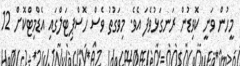
މީހުން ވަނީ ކޮވިޑުން ރަނގަޅުވެފަ އެވެ. މިވަގުތު ވެސް ހޮސްޕިޓަލްގައި އެޑްމިޓްކޮށް 12